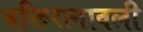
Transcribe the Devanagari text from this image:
भक्तिरत्नावली